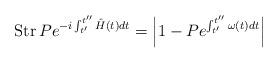
LaTeX: \begin{align*}\mathrm{Str}\,P e^{-i\int_{t^{\prime}}^{t^{\prime\prime}}\hat{H}(t)dt}=\left|1-Pe^{\int_{t^{\prime}}^{t^{\prime\prime}}\omega(t)dt}\right|\end{align*}